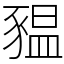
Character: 豱